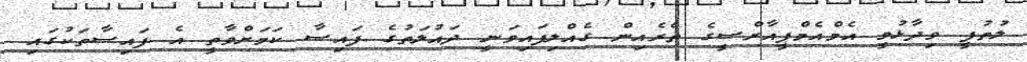
ލުތުފީ ވިދާޅުވީ އެމްއެމްޕީއާރްސީގެ ތެރެއިން ގެއްލިފައިވަނީ ދައުލަތުގެ ފައިސާ ކަމަށްވާތީ އެ ފައިސާތަކުގައި